Report of the Indian Hemp Drugs Commission, 1894-1895 - Volume IV
Year: 1894
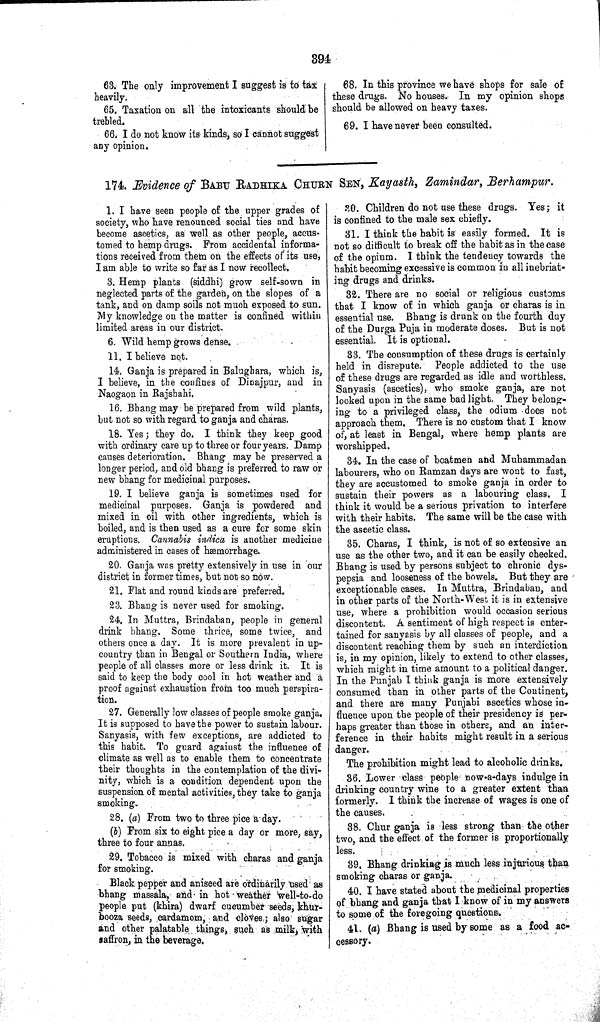
394
63. The only improvement I suggest is to tax
heavily.
65. Taxation on all the intoxicants should be
trebled.
66. I do not know its kinds, so I cannot suggest
any opinion.
68. In this province we have shops for sale of
these drugs. No houses. In my opinion shops
should be allowed on heavy taxes.
69. I have never been consulted.
174. Evidence of BABU RADHIKA CHURN SEN, Kayasth, Zamindar, Berhampur.
1. I have seen people of the upper grades of
society, who have renounced social ties and have
become ascetics, as well as other people, accus-
tomed to hemp drugs. From accidental informa-
tions received from them on the effects of its use,
I am able to write so far as I now recollect.
3. Hemp plants (siddhi) grow self-sown in
neglected parts of the garden, on the slopes of a
tank, and on damp soils not much exposed to sun.
My knowledge on the matter is confined within
limited areas in our district.
6. Wild hemp grows dense.
11. I believe not.
14. Ganja is prepared in Balughara, which is,
I believe, in the confines of Dinajpur, and in
Naogaon in Rajsbahi.
16. Bhang may be prepared from wild plants,
but not so with regard to ganja and charas.
18. Yes; they do. I think they keep good
with ordinary care up to three or four years. Damp
causes deterioration. Bhang may be preserved a
longer period, and old bhang is preferred to raw or
new bhang for medicinal purposes.
19. I believe ganja is sometimes used for
medicinal purposes. Ganja is powdered and
mixed in oil with other ingredients, which is
boiled, and is then used as a cure for some skin
eruptions. Cannabis indica is another medicine
administered in cases of hæmorrhage.
20. Ganja was pretty extensively in use in our
district in former times, but not so now.
21. Flat and round kinds are preferred.
23. Bhang is never used for smoking.
24. In Muttra, Brindaban, people in general
drink bhang. Some thrice, some twice, and
others once a day. It is more prevalent in up-
country than in Bengal or Southern India, where
people of all classes more or less drink it. It is
said to keep the body cool in hot weather and a
proof against exhaustion from too much perspira-
tion.
27. Generally low classes of people smoke ganja.
It is supposed to have the power to sustain labour.
Sanyasis, with few exceptions, are addicted to
this habit. To guard against the influence of
climate as well as to enable them to concentrate
their thoughts in the contemplation of the divi-
nity, which is a condition dependent upon the
suspension of mental activities, they take to ganja
smoking.
28. (a) From two to three pice a day.
(b) From six to eight pice a day or more, say,
three to four annas.
29. Tobacco is mixed with charas and ganja
for smoking.
Black pepper and aniseed are ordinarily used as
bhang massala, and in hot weather well-to-do
people put (khira) dwarf cucumber seeds, khur-
booza seeds, cardamom, and cloves; also sugar
and other palatable things, such as milk, with
saffron, in the beverage.
30. Children do not use these drugs. Yes; it
is confined to the male sex chiefly.
31. I think the habit is easily formed. It is
not so difficult to break off the habit as in the case
of the opium. I think the tendency towards the
habit becoming excessive is common in all inebriat-
ing drugs and drinks.
32. There are no social or religious customs
that I know of in which ganja or charas is in
essential use. Bhang is drunk on the fourth duy
of the Durga Puja in moderate doses. But is not
essential. It is optional.
33. The consumption of these drugs is certainly
held in disrepute. People addicted to the use
of these drugs are regarded as idle and worthless.
Sanyasis (ascetics), who smoke ganja, are not
looked upon in the same bad light. They belong-
ing to a privileged class, the odium does not
approach them. There is no custom that I know
of, at least in Bengal, where hemp plants are
worshipped.
34. In the case of boatmen and Muhammadan
labourers, who on Ramzan days are wont to fast,
they are accustomed to smoke ganja in order to
sustain their powers as a labouring class. I
think it would be a serious privation to interfere
with their habits. The same will be the case with
the ascetic class.
35. Charas, I think, is not of so extensive an
use as the other two, and it can be easily checked.
Bhang is used by persons subject to chronic dys-
pepsia and looseness of the bowels. But they are
exceptionable cases. In Muttra, Brindaban, and
in other parts of the North-West it is in extensive
use, where a prohibition would occasion serious
discontent. A sentiment of high respect is enter-
tained for sanyasis by all classes of people, and a
discontent reaching them by such an interdiction
is, in my opinion, likely to extend to other classes,
which might in time amount to a political danger.
In the Punjab I think ganja is more extensively
consumed than in other parts of the Continent,
and there are many Punjabi ascetics whose in-
fluence upon the people of their presidency is per-
haps greater than those in others, and an inter-
ference in their habits might result in a serious
danger.
The prohibition might lead to alcoholic drinks.
36. Lower class people now-a-days indulge in
drinking country wine to a greater extent than
formerly. I think the increase of wages is one of
the causes.
38. Chur ganja is less strong than the other
two, and the effect of the former is proportionally
less.
39. Bhang drinking is much less injurious than
smoking charas or ganja.
40. I have stated about the medicinal properties
of bhang and ganja that I know of in my answers
to some of the foregoing
questions.
41. (a) Bhang is used by some as a food ac-
cessory.